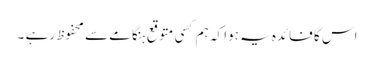
اس کا فائدہ یہ ہوا کہ ہم کسی متوقع ہنگامے سے محفوظ رہے ۔